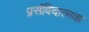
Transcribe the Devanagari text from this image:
प्रसंविदात्मक